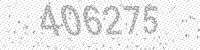
Solution: 406275